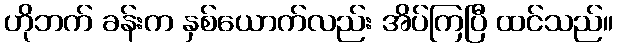
ဟိုဘက် ခန်းက နှစ်ယောက်လည်း အိပ်ကြပြီ ထင်သည်။